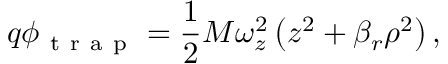
q \phi _ { \mathrm { ~ t ~ r ~ a ~ p ~ } } = \frac { 1 } { 2 } M \omega _ { z } ^ { 2 } \left( z ^ { 2 } + \beta _ { r } \rho ^ { 2 } \right) ,